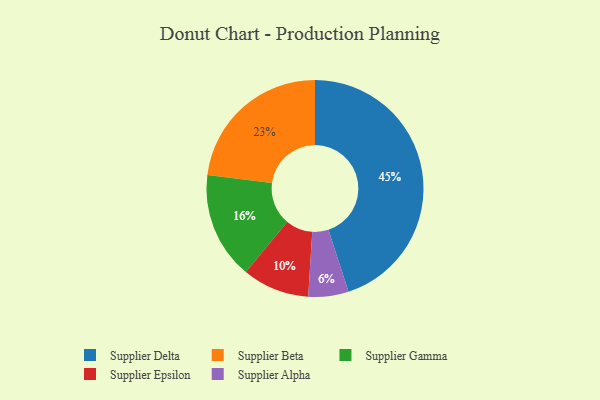
{"axis": {"x": "Category", "y": "Percentage"}, "legend": ["Supplier Alpha", "Supplier Beta", "Supplier Delta", "Supplier Epsilon", "Supplier Gamma"], "data": [{"x": "Supplier Delta", "y": 45, "type": "Supplier Delta"}, {"x": "Supplier Beta", "y": 23, "type": "Supplier Beta"}, {"x": "Supplier Alpha", "y": 6, "type": "Supplier Alpha"}, {"x": "Supplier Gamma", "y": 16, "type": "Supplier Gamma"}, {"x": "Supplier Epsilon", "y": 10, "type": "Supplier Epsilon"}]}